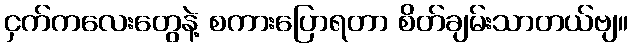
ငှက်ကလေးတွေနဲ့ စကားပြောရတာ စိတ်ချမ်းသာတယ်ဗျ။